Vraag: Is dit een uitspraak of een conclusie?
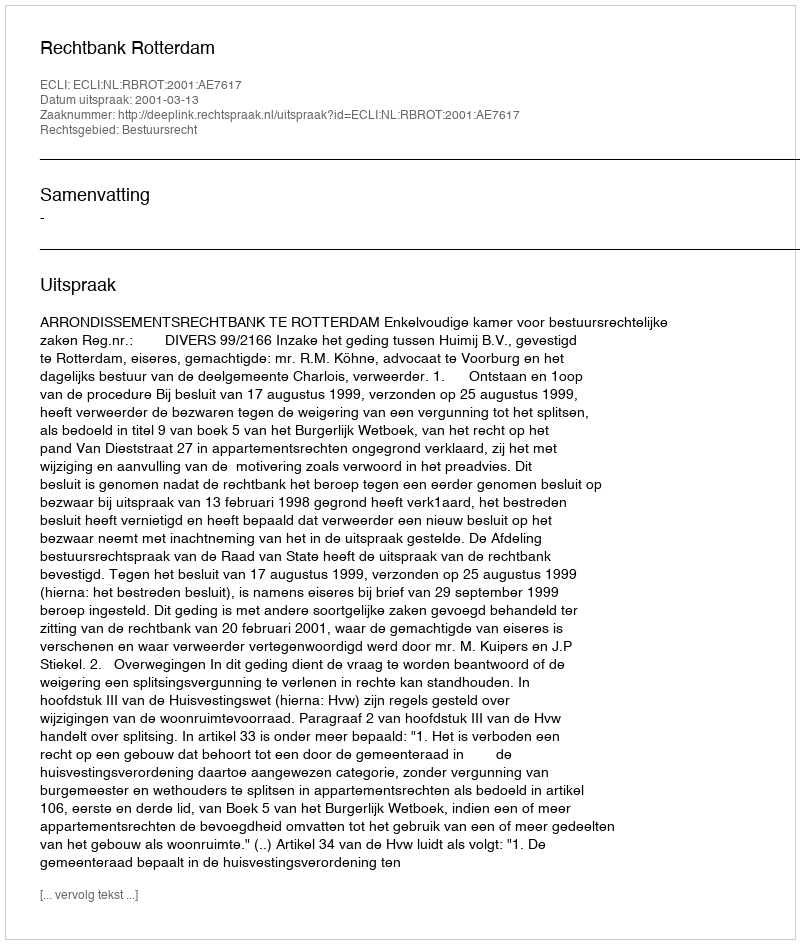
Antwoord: Uitspraak